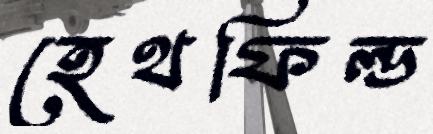
হেথফিল্ড